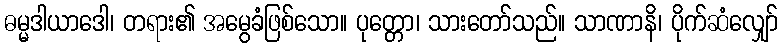
ဓမ္မဒါယာဒေါ၊ တရား၏ အမွေခံဖြစ်သော။ ပုတ္တော၊ သားတော်သည်။ သာဏာနိ၊ ပိုက်ဆံလျှော်